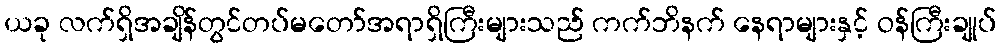
ယခု လက်ရှိအချိန်တွင်တပ်မတော်အရာရှိကြီးများသည် ကက်ဘိနက် နေရာများနှင့် ဝန်ကြီးချုပ်